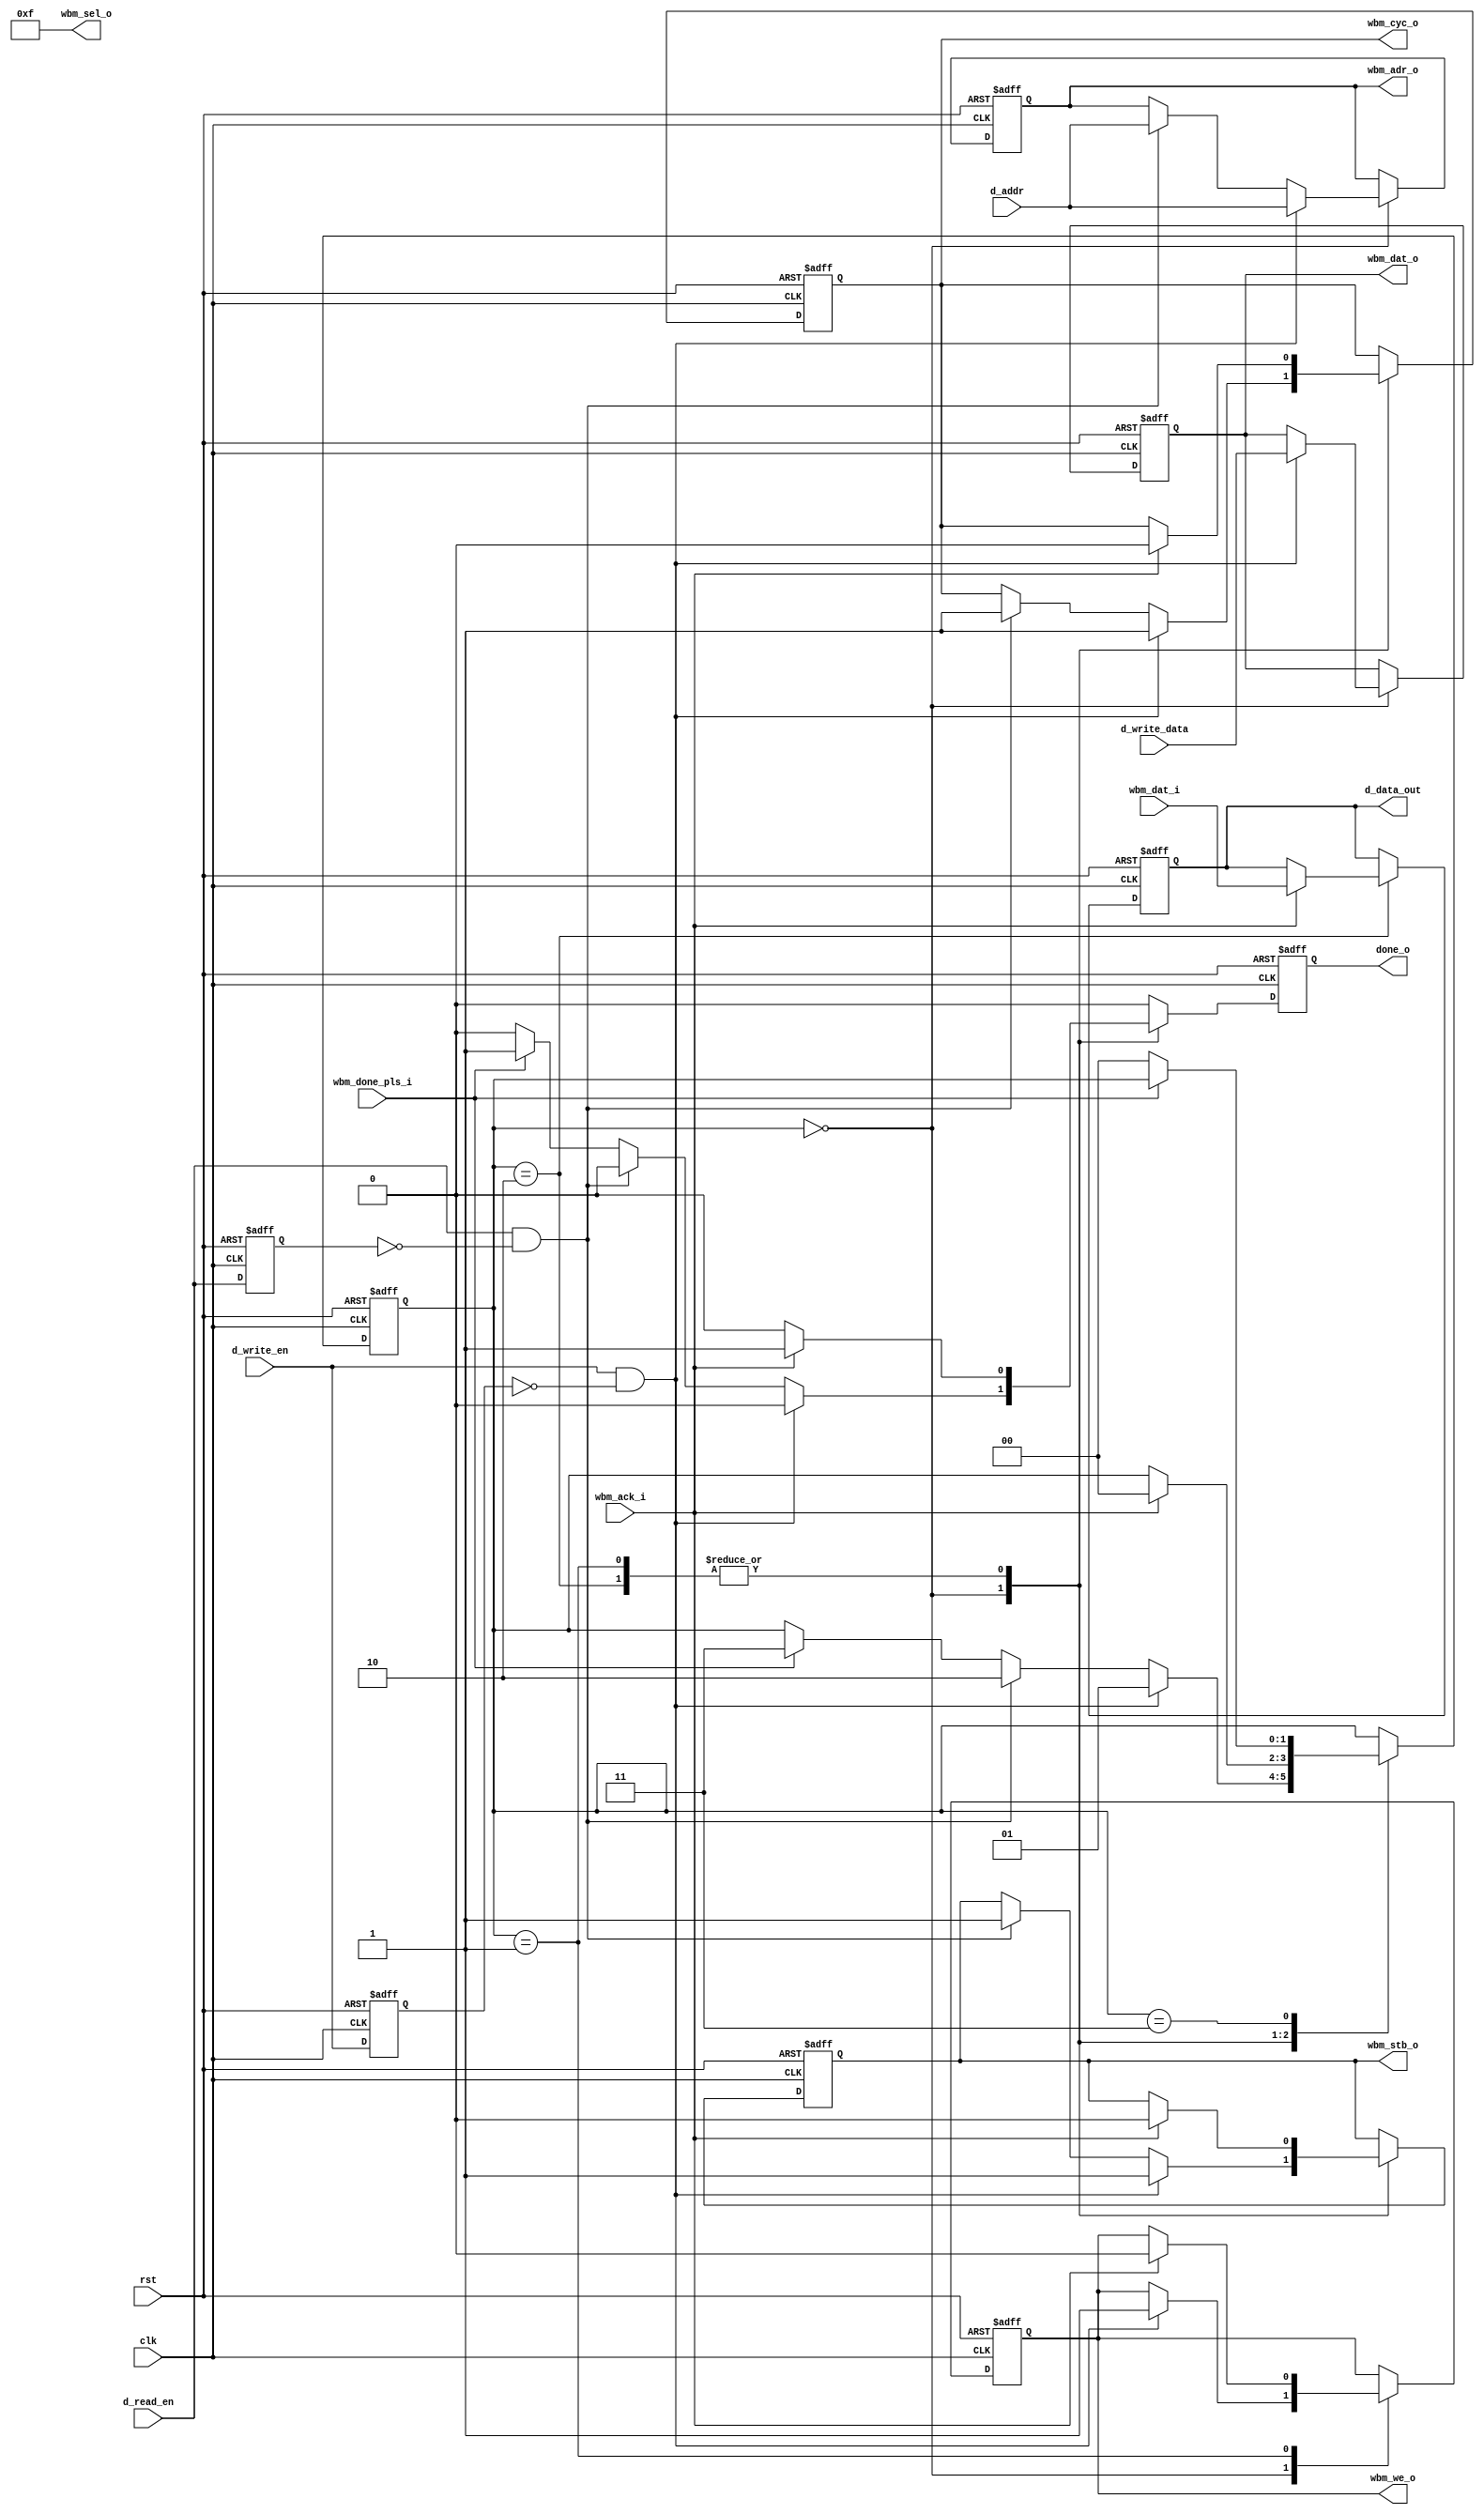
`timescale 1ns / 1ps
//////////////////////////////////////////////////////////////////////////////////
// Company: 
// Engineer: 
// 
// Design Name: 
// Module Name:    master_wb 
// Project Name: 
// Target Devices: 
// Tool versions: 
// Description: 
//
// Dependencies: 
//
// Revision: 
// Revision 0.01 - File Created
// Additional Comments: 
//
//////////////////////////////////////////////////////////////////////////////////
module master_wb(
    
    input clk,
    input rst,
    
    output reg done_o,
    
    // mem signals
    input  wire         d_read_en,
    input  wire         d_write_en,
    input  wire [31:0]  d_addr,
    input  wire [31:0]  d_write_data,
    output reg  [31:0]  d_data_out,
    
    // wb signals
    input             wbm_done_pls_i,
    input      [31:0] wbm_dat_i,
    input             wbm_ack_i,
    output reg [31:0] wbm_dat_o,
    output reg        wbm_we_o,
    output     [3:0]  wbm_sel_o,
    output reg [31:0] wbm_adr_o,
    output reg        wbm_cyc_o,
    output reg        wbm_stb_o
);

    reg [1:0] state_r;
    
    assign wbm_sel_o = 4'b1111;
    
    localparam IDLE      = 0;
    localparam WRITE_ACK = 1;
    localparam READ_ACK  = 2;
    localparam DONE_PLS  = 3;
    
    reg rd_r, wr_r;
    

    always@(posedge clk, posedge rst) 
        
        if(rst) begin
             state_r    <= IDLE;
             
             done_o     <= 1'b0;
             wbm_adr_o <= 0;
             wbm_dat_o  <= 0;
             wbm_we_o   <= 1'b0;
             wbm_stb_o  <= 1'b0;
             wbm_cyc_o  <= 1'b0;
             
             d_data_out <= 0;
             
             rd_r <= 0;
             wr_r <= 0;
        end else begin
        
            rd_r <= d_read_en;
            wr_r <= d_write_en;
        
            done_o <= 1'b0;
            
            case(state_r) 
                IDLE: 
                    if(d_write_en && !wr_r) begin
                         wbm_adr_o <= d_addr;
                         wbm_dat_o  <= d_write_data;
                         wbm_we_o   <= 1'b1;
                         wbm_stb_o  <= 1'b1;
                         wbm_cyc_o  <= 1'b1;
                     
                         state_r    <= WRITE_ACK;
                    end else if (d_read_en && !rd_r) begin
                         wbm_adr_o <= d_addr;
                         wbm_stb_o  <= 1'b1;
                         wbm_cyc_o  <= 1'b1;
                        
                         state_r <= READ_ACK;
                    end else if (wbm_done_pls_i) begin
                         done_o  <= 1'b1;
                         state_r <= DONE_PLS;
                    end
                WRITE_ACK: 
                    if(wbm_ack_i) begin
                        wbm_we_o   <= 1'b0;
                        wbm_stb_o  <= 1'b0;
                        wbm_cyc_o  <= 1'b0;
                        
                        done_o     <= 1'b1;
                        state_r    <= IDLE;
                    end
                READ_ACK:
                    if(wbm_ack_i) begin
                         wbm_stb_o  <= 1'b0;
                         wbm_cyc_o  <= 1'b0;
                        
                         d_data_out <= wbm_dat_i;
                        
                         done_o     <= 1'b1;
                         state_r    <= IDLE;
                    end
                DONE_PLS: 
                    if(!wbm_done_pls_i)
                         state_r <= IDLE;
                    
            endcase
        end
  



endmodule